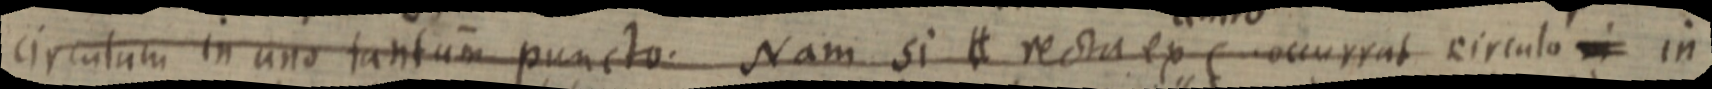
circulum in uno tantum puncto. Nam si H recta ex occurrat circulo _ in